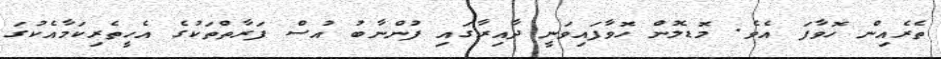
ތެރެއިން ހޮވާފަ އެވެ. މޮޑެލުން ހޮވާފައިވަނީ ދާއިރާގައި ފުންނާބު އުސް ފަރާތްތަކުގެ އެހީތެރިކަމާއެކުގަ